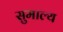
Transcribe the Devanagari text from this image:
सुमाल्य